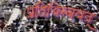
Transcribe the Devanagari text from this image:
प्रतिबिम्बवत्